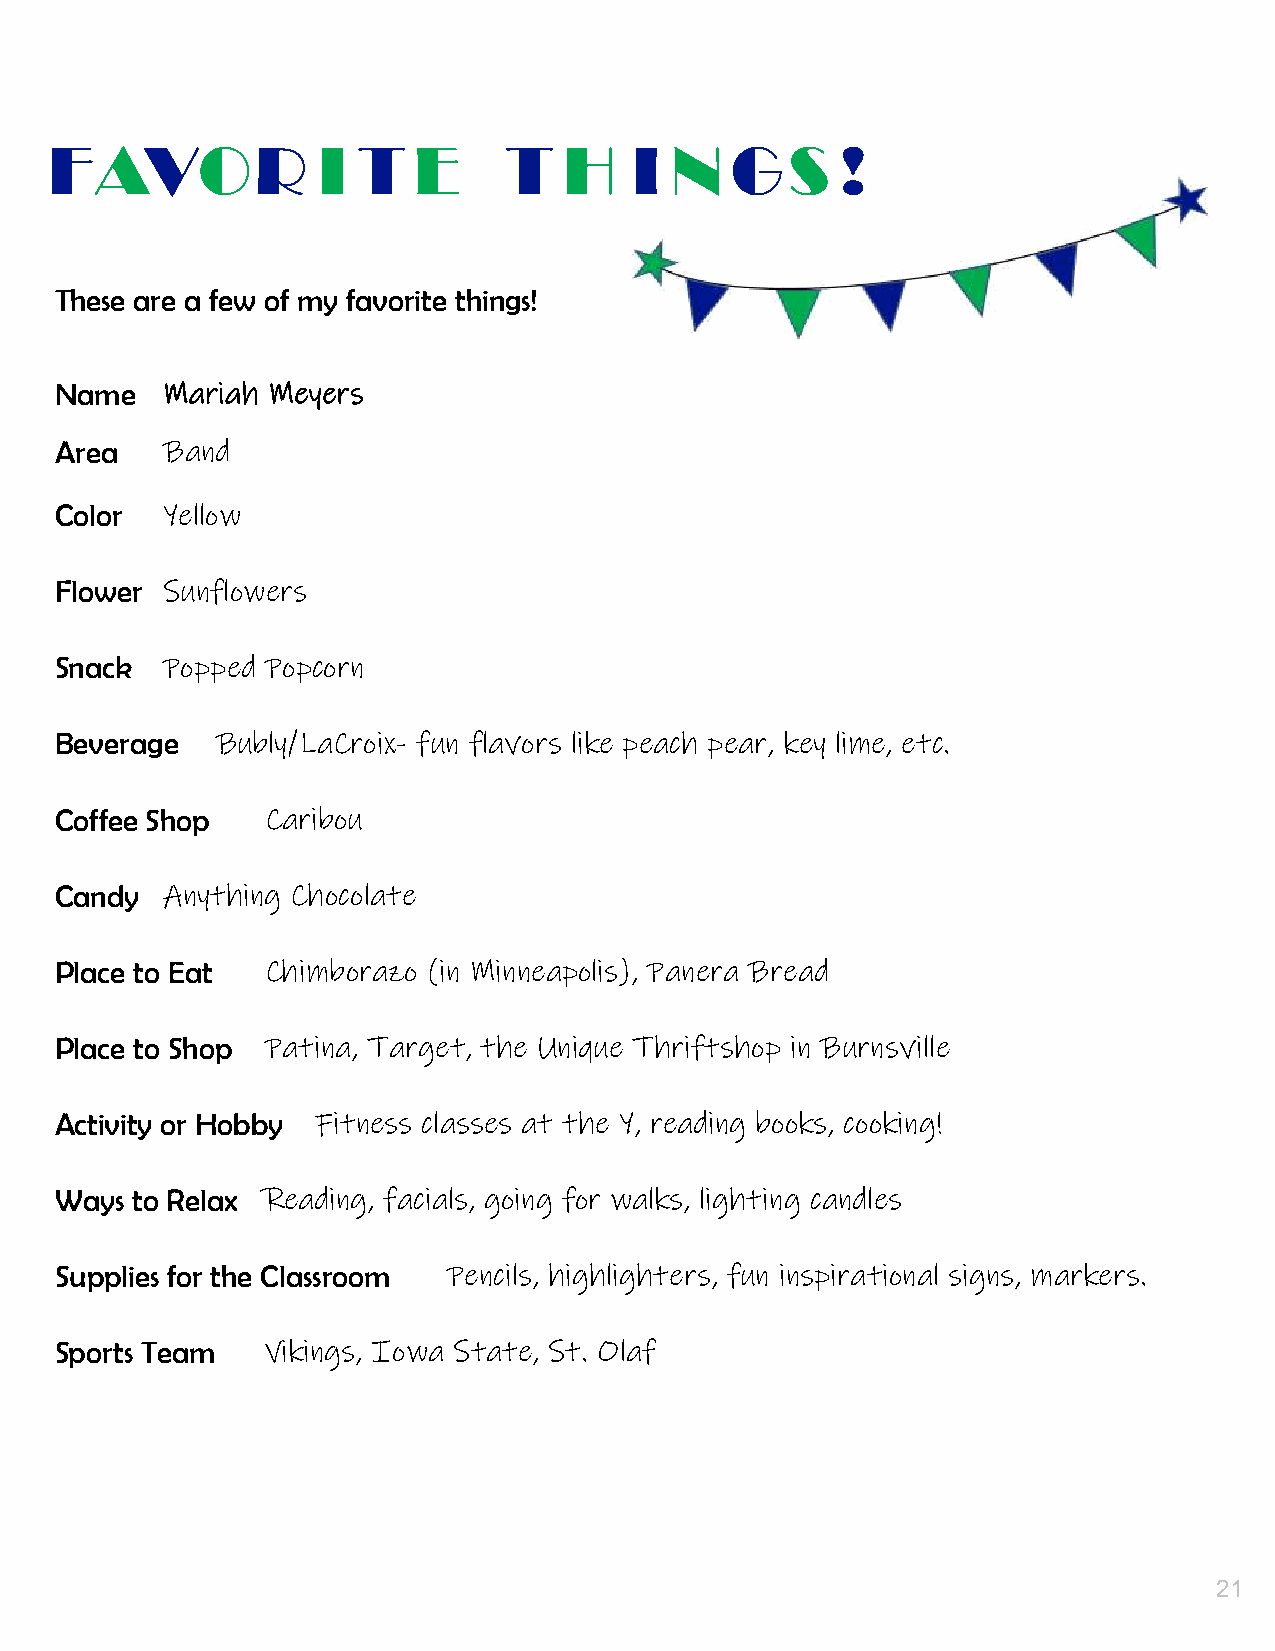
20.
 FAVOR             I  T  E     T   H    I N   GS      !
 These are a few of my favorite things!
 Name   Mariah Meyers
 Area   Band
 Color  Yellow
 Flower Sunflowers
 Snack  Popped Popcorn
 Beverage  Bubly/LaCroix- fun flavors like peach pear, key lime, etc.
 Coffee Shop   Caribou
 Candy  Anything Chocolate
 Place to Eat  Chimborazo (in Minneapolis), Panera Bread
 Place to Shop Patina, Target, the Unique Thriftshop in Burnsville
 Activity or Hobby Fitness classes at the Y, reading books, cooking!
 Ways to Relax Reading, facials, going for walks, lighting candles
 Supplies for the Classroom Pencils, highlighters, fun inspirational signs, markers.
 Sports Team   Vikings, Iowa State, St. Olaf
 21